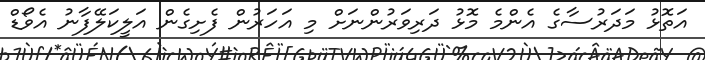
އަތޮޅު މަދަރުސާގެ އެންމެ މޮޅު ދަރިވަރުންނަށް މި އަހަރުން ފެށިގެން އަލީކަލޭފާނު އެވޯޑް